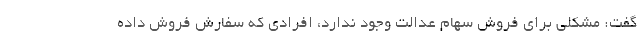
گفت: مشکلی برای فروش سهام عدالت وجود ندارد، افرادی که سفارش فروش داده